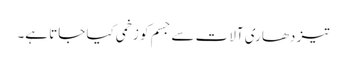
تیز دھاری آلات سے جسم کو زخمی کیا جاتا ہے۔